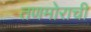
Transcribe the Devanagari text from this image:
तणमोराची